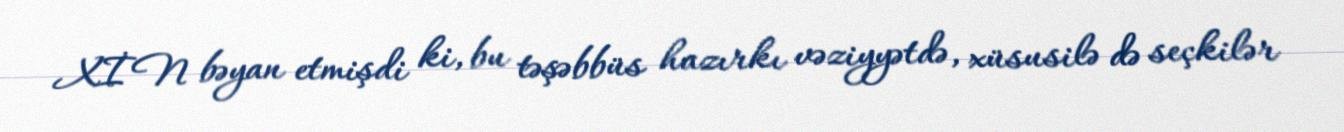
XİN bəyan etmişdi ki, bu təşəbbüs hazırkı vəziyyətdə, xüsusilə də seçkilər